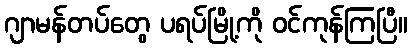
ဂျာမန်တပ်တွေ ပရပ်မြို့ကို ဝင်ကုန်ကြပြီ။